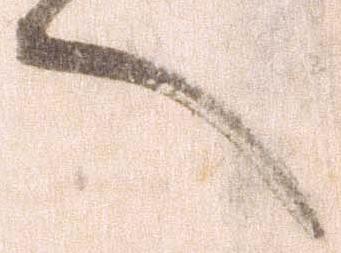
へ